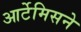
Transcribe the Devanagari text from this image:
आर्टेमिसने